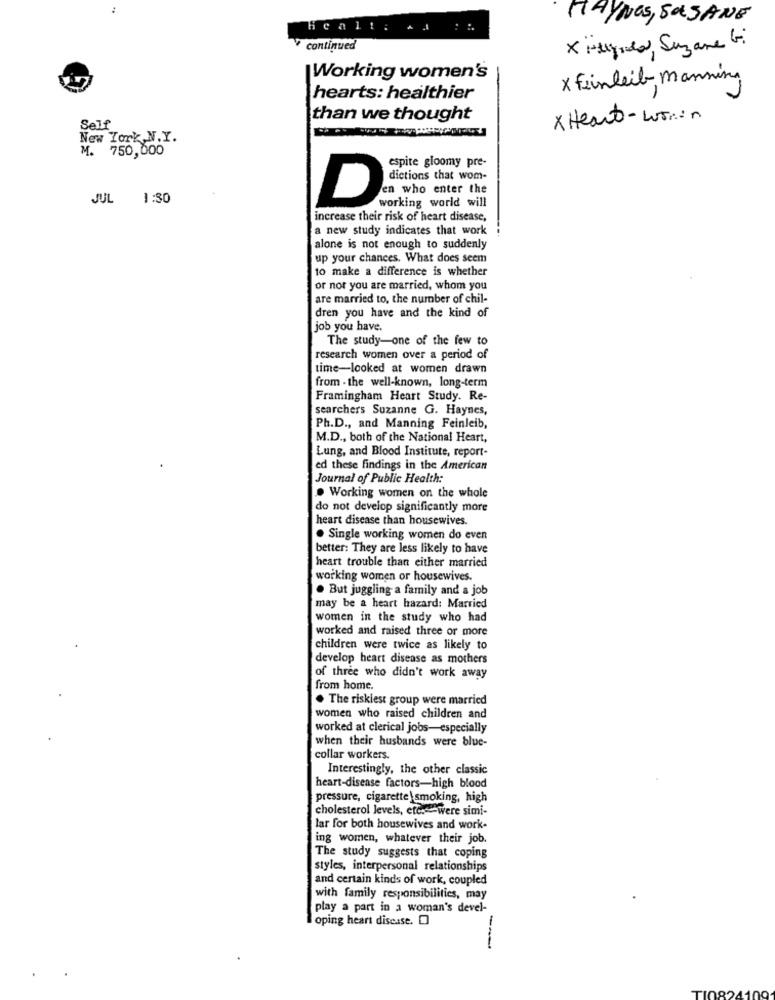
:
THYNOS, SALSANE
Healt :
continued
X Fugido, Suzane Gi
Working women's
x Feinleib manning
hearts: healthier
than we thought
xHeart-within
Self
New York,N.Y.
M. 750,000
espite gloomy pre-
dictions that wom-
en who enter the
JUL 1:30
working world will
D
increase their risk of heart disease,
a new study indicates that work
alone is not enough to suddenly
up your chances. What does seem
to make a difference is whether
or not you are married, whom you
are married to, the number of chil-
dren you have and the kind of
job you have.
The study-one of the few to
research women over a period of
time-looked at women drawn
from - the well-known, long-term
Framingham Heart Study. Re-
searchers Suzanne G. Haynes,
Ph.D ., and Manning Feinleib,
M.D ., both of the National Heart,
Lung, and Blood Institute, report-
ed these findings in the American
Journal of Public Health:
. Working women on the whole
do not develop significantly more
heart disease than housewives.
. Single working women do even
better: They are less likely to have
heart trouble than either married
working women or housewives.
. But juggling a family and a job
may be a heart hazard: Married
women in the study who had
worked and raised three or more
children were twice as likely to
develop heart disease as mothers
of three who didn't work away
from home.
. The riskiest group were married
women who raised children and
worked at clerical jobs-especially
when their husbands were blue-
collar workers.
Interestingly, the other classic
heart-disease factors-high blood
pressure, cigarette smoking, high
cholesterol levels, etc. were simi-
lar for both housewives and work-
ing women, whatever their job.
The study suggests that coping
styles, interpersonal relationships
and certain kinds of work, coupled
with family responsibilities, may
play a part in a woman's devel-
oping heart disease. O
---